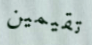
تقيمين